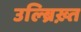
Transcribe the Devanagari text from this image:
उल्ब्रिख़्त